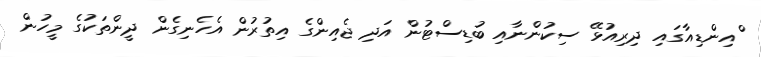
ްއިންޑިއާގައި ދިރިއުޅޭ ސިކުންނާއި ބުޑިސްޓުން އަދި ޖެއިންގެ އިތުރުން އެހެނިގެން ދީންތަކުގެ މީހުން